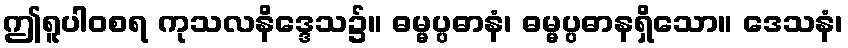
ဤရူပါဝစရ ကုသလနိဒ္ဒေသ၌။ ဓမ္မပ္ပဓာနံ၊ ဓမ္မပ္ပဓာနရှိသော။ ဒေသနံ၊